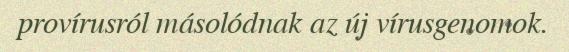
provírusról másolódnak az új vírusgenomok.